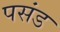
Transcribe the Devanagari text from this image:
पसंड